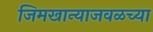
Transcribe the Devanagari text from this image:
जिमखान्याजवळच्या